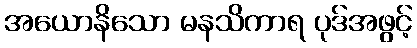
အယောနိသော မနသိကာရ ပုဒ်အဖွင့်